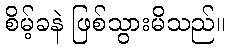
စိမ့်ခနဲ ဖြစ်သွားမိသည်။